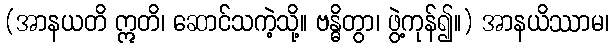
(အာနယတိ ဣတိ၊ ဆောင်သကဲ့သို့။ ဗန္ဓိတွာ၊ ဖွဲ့ကုန်၍။) အာနယိဿာမ၊